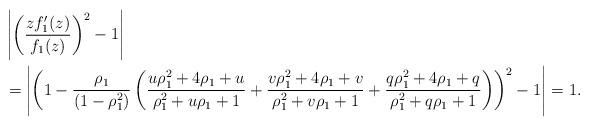
LaTeX: \begin{align*} &\left|\left(\frac{zf_1'(z)}{f_1(z)}\right)^2-1\right|\\ &=\left|\left(1-\frac{\rho_1}{(1-\rho_1^2)}\left( \frac{u\rho_1^2+4\rho_1+u}{\rho_1^2+u\rho_1+1}+\frac{v\rho_1^2+4\rho_1+v}{\rho_1^2+v\rho_1+1}+\frac{q \rho_1^2+4\rho_1+q}{\rho_1^2+q \rho_1+1}\right)\right)^2-1\right|=1. \end{align*}